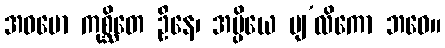
အဓမော ကုစ္ဆိတေ ဦနေ၊ အပ္ပိယေ ပျ’လိကော ဘဝေ။